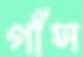
গাঁস